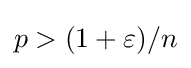
p>(1+\varepsilon )/n